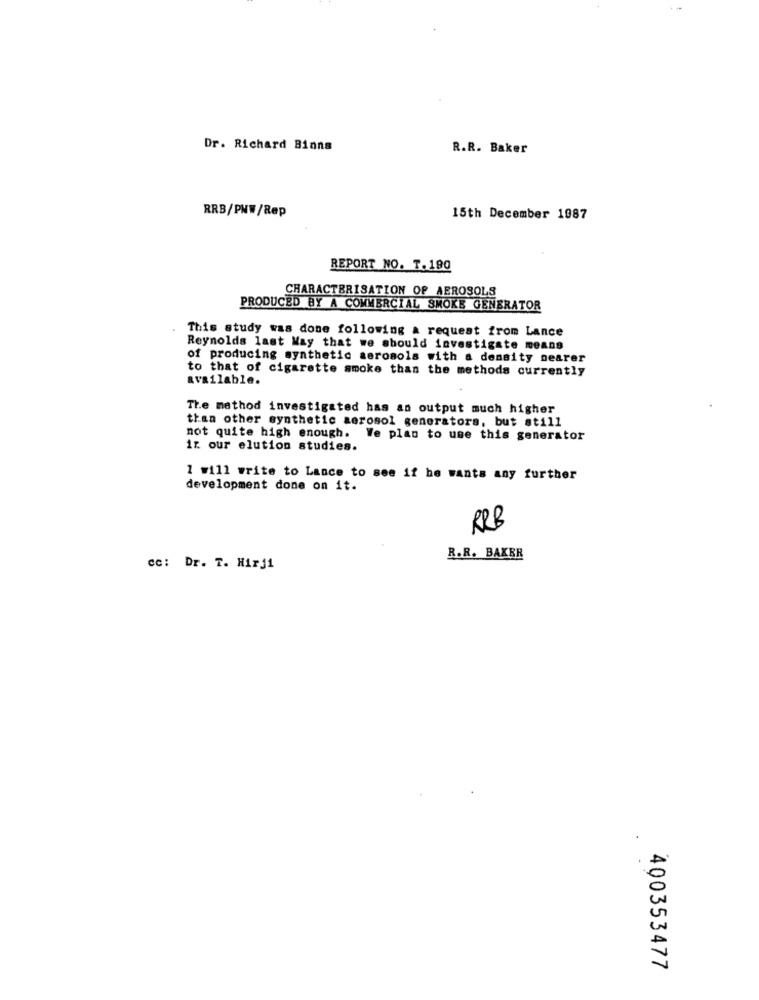
Dr. Richard Binna
R.R. Baker
RRB/PWW/Rep
15th December 1987
REPORT NO. T.190
CHARACTERISATION OF AEROSOLS
PRODUCED BY A COMMERCIAL SMOKE GENERATOR
This study was done following a request from Lance
Reynolds last May that we should investigate means
of producing synthetic aerosols with a density nearer
to that of cigarette smoke than the methods currently
available.
The method investigated has an output much higher
than other synthetic aerosol generators, but still
not quite high enough. We plan to use this generator
in our elution studies.
1 will write to Lance to see if he wants any further
development done on it.
RRB
R.R. BAKER
cc: Dr. T. Hirj1
400353477